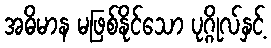
အဓိမာန မဖြစ်နိုင်သော ပုဂ္ဂိုလ်နှင့်